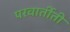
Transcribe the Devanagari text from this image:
परवार्तीती